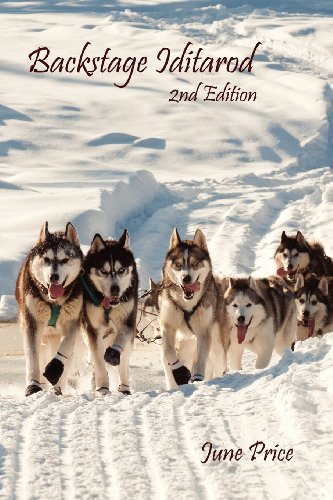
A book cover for Backstage Iditarod, 2nd Edition; June Price; Sports & Outdoors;